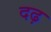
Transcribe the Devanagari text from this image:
दढ़